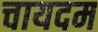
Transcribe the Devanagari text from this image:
चायदम